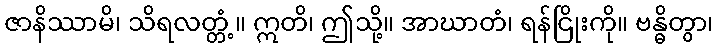
ဇာနိဿာမိ၊ သိရလတ္တံ့။ ဣတိ၊ ဤသို့။ အာဃာတံ၊ ရန်ငြိုးကို။ ဗန္ဓိတွာ၊